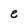
Character: e